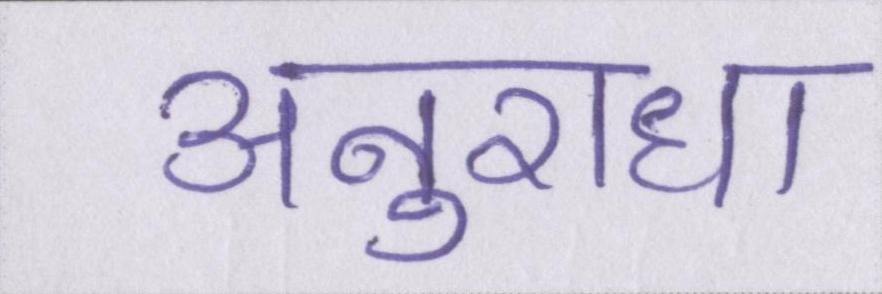
अनुराधा